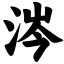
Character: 涔